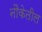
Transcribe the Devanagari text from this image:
नौकेतील